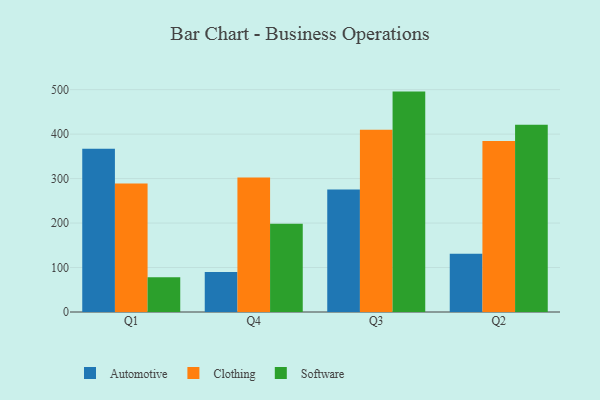
{"axis": {"x": "Quarter", "y": "Backlog"}, "legend": ["Automotive", "Clothing", "Software"], "data": [{"x": "Q1", "y": 366.9, "type": "Automotive"}, {"x": "Q1", "y": 289.0, "type": "Clothing"}, {"x": "Q1", "y": 78.4, "type": "Software"}, {"x": "Q4", "y": 90.2, "type": "Automotive"}, {"x": "Q4", "y": 302.2, "type": "Clothing"}, {"x": "Q4", "y": 198.7, "type": "Software"}, {"x": "Q3", "y": 275.2, "type": "Automotive"}, {"x": "Q3", "y": 409.6, "type": "Clothing"}, {"x": "Q3", "y": 495.6, "type": "Software"}, {"x": "Q2", "y": 131.0, "type": "Automotive"}, {"x": "Q2", "y": 384.7, "type": "Clothing"}, {"x": "Q2", "y": 421.2, "type": "Software"}]}